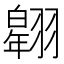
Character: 𦒌